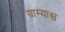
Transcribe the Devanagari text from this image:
ग्राम्याश्च